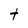
Character: t